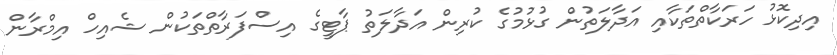
އިދިކޮޅު ހަރަކާތްތަކާއި އަދާލަތުން ގުޅުމުގެ ކުރިން އަދާލަތު ޕާޓީގެ އިސްފަރާތްތަކުން ޝެއިހް އިމްރާން